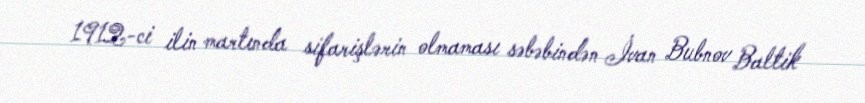
1912-ci ilin martında sifarişlərin olmaması səbəbindən İvan Bubnov Baltik